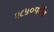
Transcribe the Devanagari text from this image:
१८५०पर्यंत